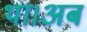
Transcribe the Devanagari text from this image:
था।अब